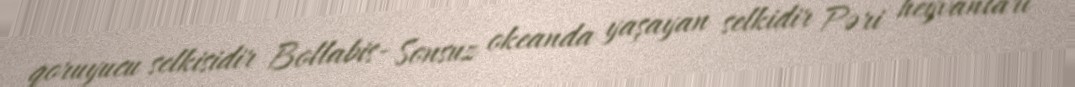
qoruyucu selkisidir Bollabis- Sonsuz okeanda yaşayan selkidir Pəri heyvanları